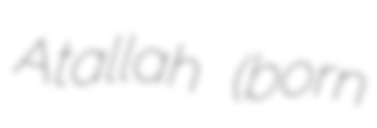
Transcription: Atallah (born